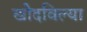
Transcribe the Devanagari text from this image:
खोदविल्या